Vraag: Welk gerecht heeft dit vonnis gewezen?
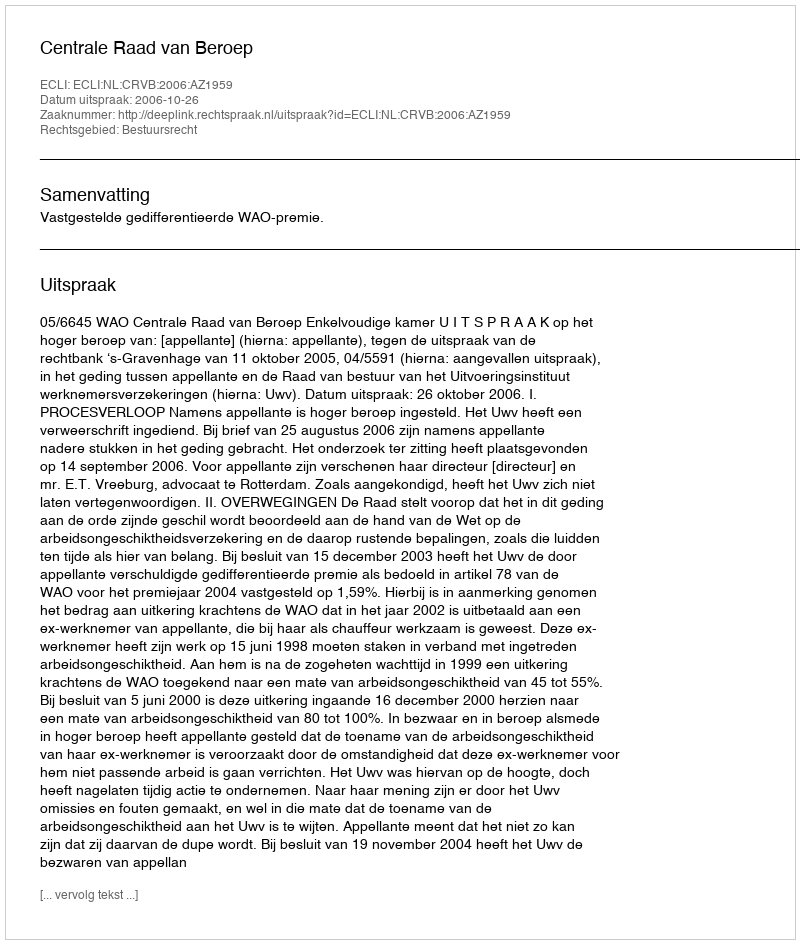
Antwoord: Centrale Raad van Beroep